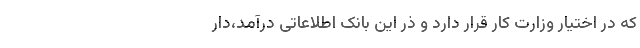
که در اختیار وزارت کار قرار دارد و ذر این بانک اطلاعاتی درآمد،دار